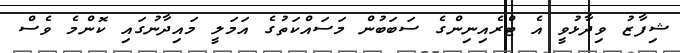
ޝިފާޒު ވިދާޅުވީ އެ ޓްރެއިނިންގެ ސަބަބުން މަސައްކަތުގެ އަމަލީ މައިދާނުގައި ކޮންމެ ވެސް